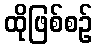
ထိုဖြစ်စဉ်